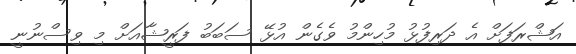
އަޝްރަފަށް އެ ދަރިފުޅު މުހިންމު ވެގެން އުޅޭ ސަބަބު ފަރީޝާއަށް މި ވިސްނުނީ